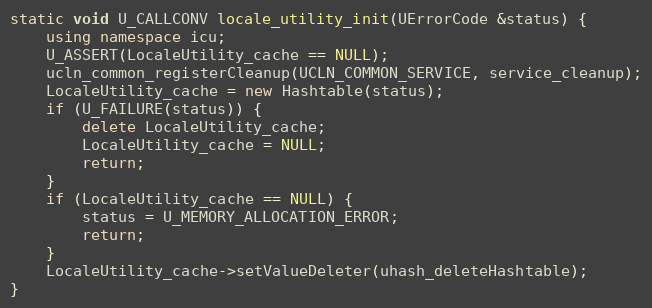
Language: C++
static void U_CALLCONV locale_utility_init(UErrorCode &status) {
    using namespace icu;
    U_ASSERT(LocaleUtility_cache == NULL);
    ucln_common_registerCleanup(UCLN_COMMON_SERVICE, service_cleanup);
    LocaleUtility_cache = new Hashtable(status);
    if (U_FAILURE(status)) {
        delete LocaleUtility_cache;
        LocaleUtility_cache = NULL;
        return;
    }
    if (LocaleUtility_cache == NULL) {
        status = U_MEMORY_ALLOCATION_ERROR;
        return;
    }
    LocaleUtility_cache->setValueDeleter(uhash_deleteHashtable);
}